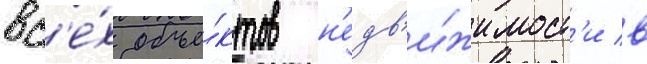
вс'е́х объе́ктов н'едв'и́жимост'и в